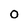
Character: 0